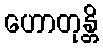
ဟောတုန္တိ